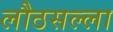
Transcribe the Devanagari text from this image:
लौठसल्ला